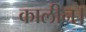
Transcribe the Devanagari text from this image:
कालीन।